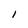
Character: I